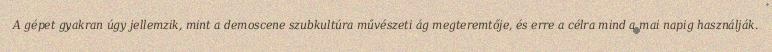
A gépet gyakran úgy jellemzik, mint a demoscene szubkultúra művészeti ág megteremtője, és erre a célra mind a mai napig használják.